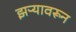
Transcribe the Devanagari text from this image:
झऱ्यावरून